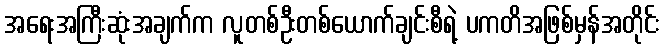
အရေးအကြီးဆုံးအချက်က လူတစ်ဦးတစ်ယောက်ချင်းစီရဲ့ ပကတိအဖြစ်မှန်အတိုင်း